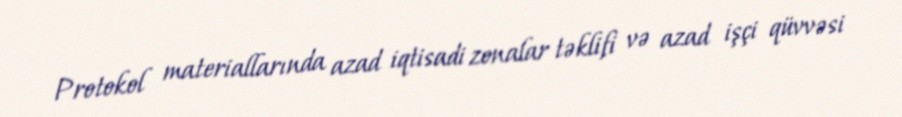
Protokol materiallarında azad iqtisadi zonalar təklifi və azad işçi qüvvəsi